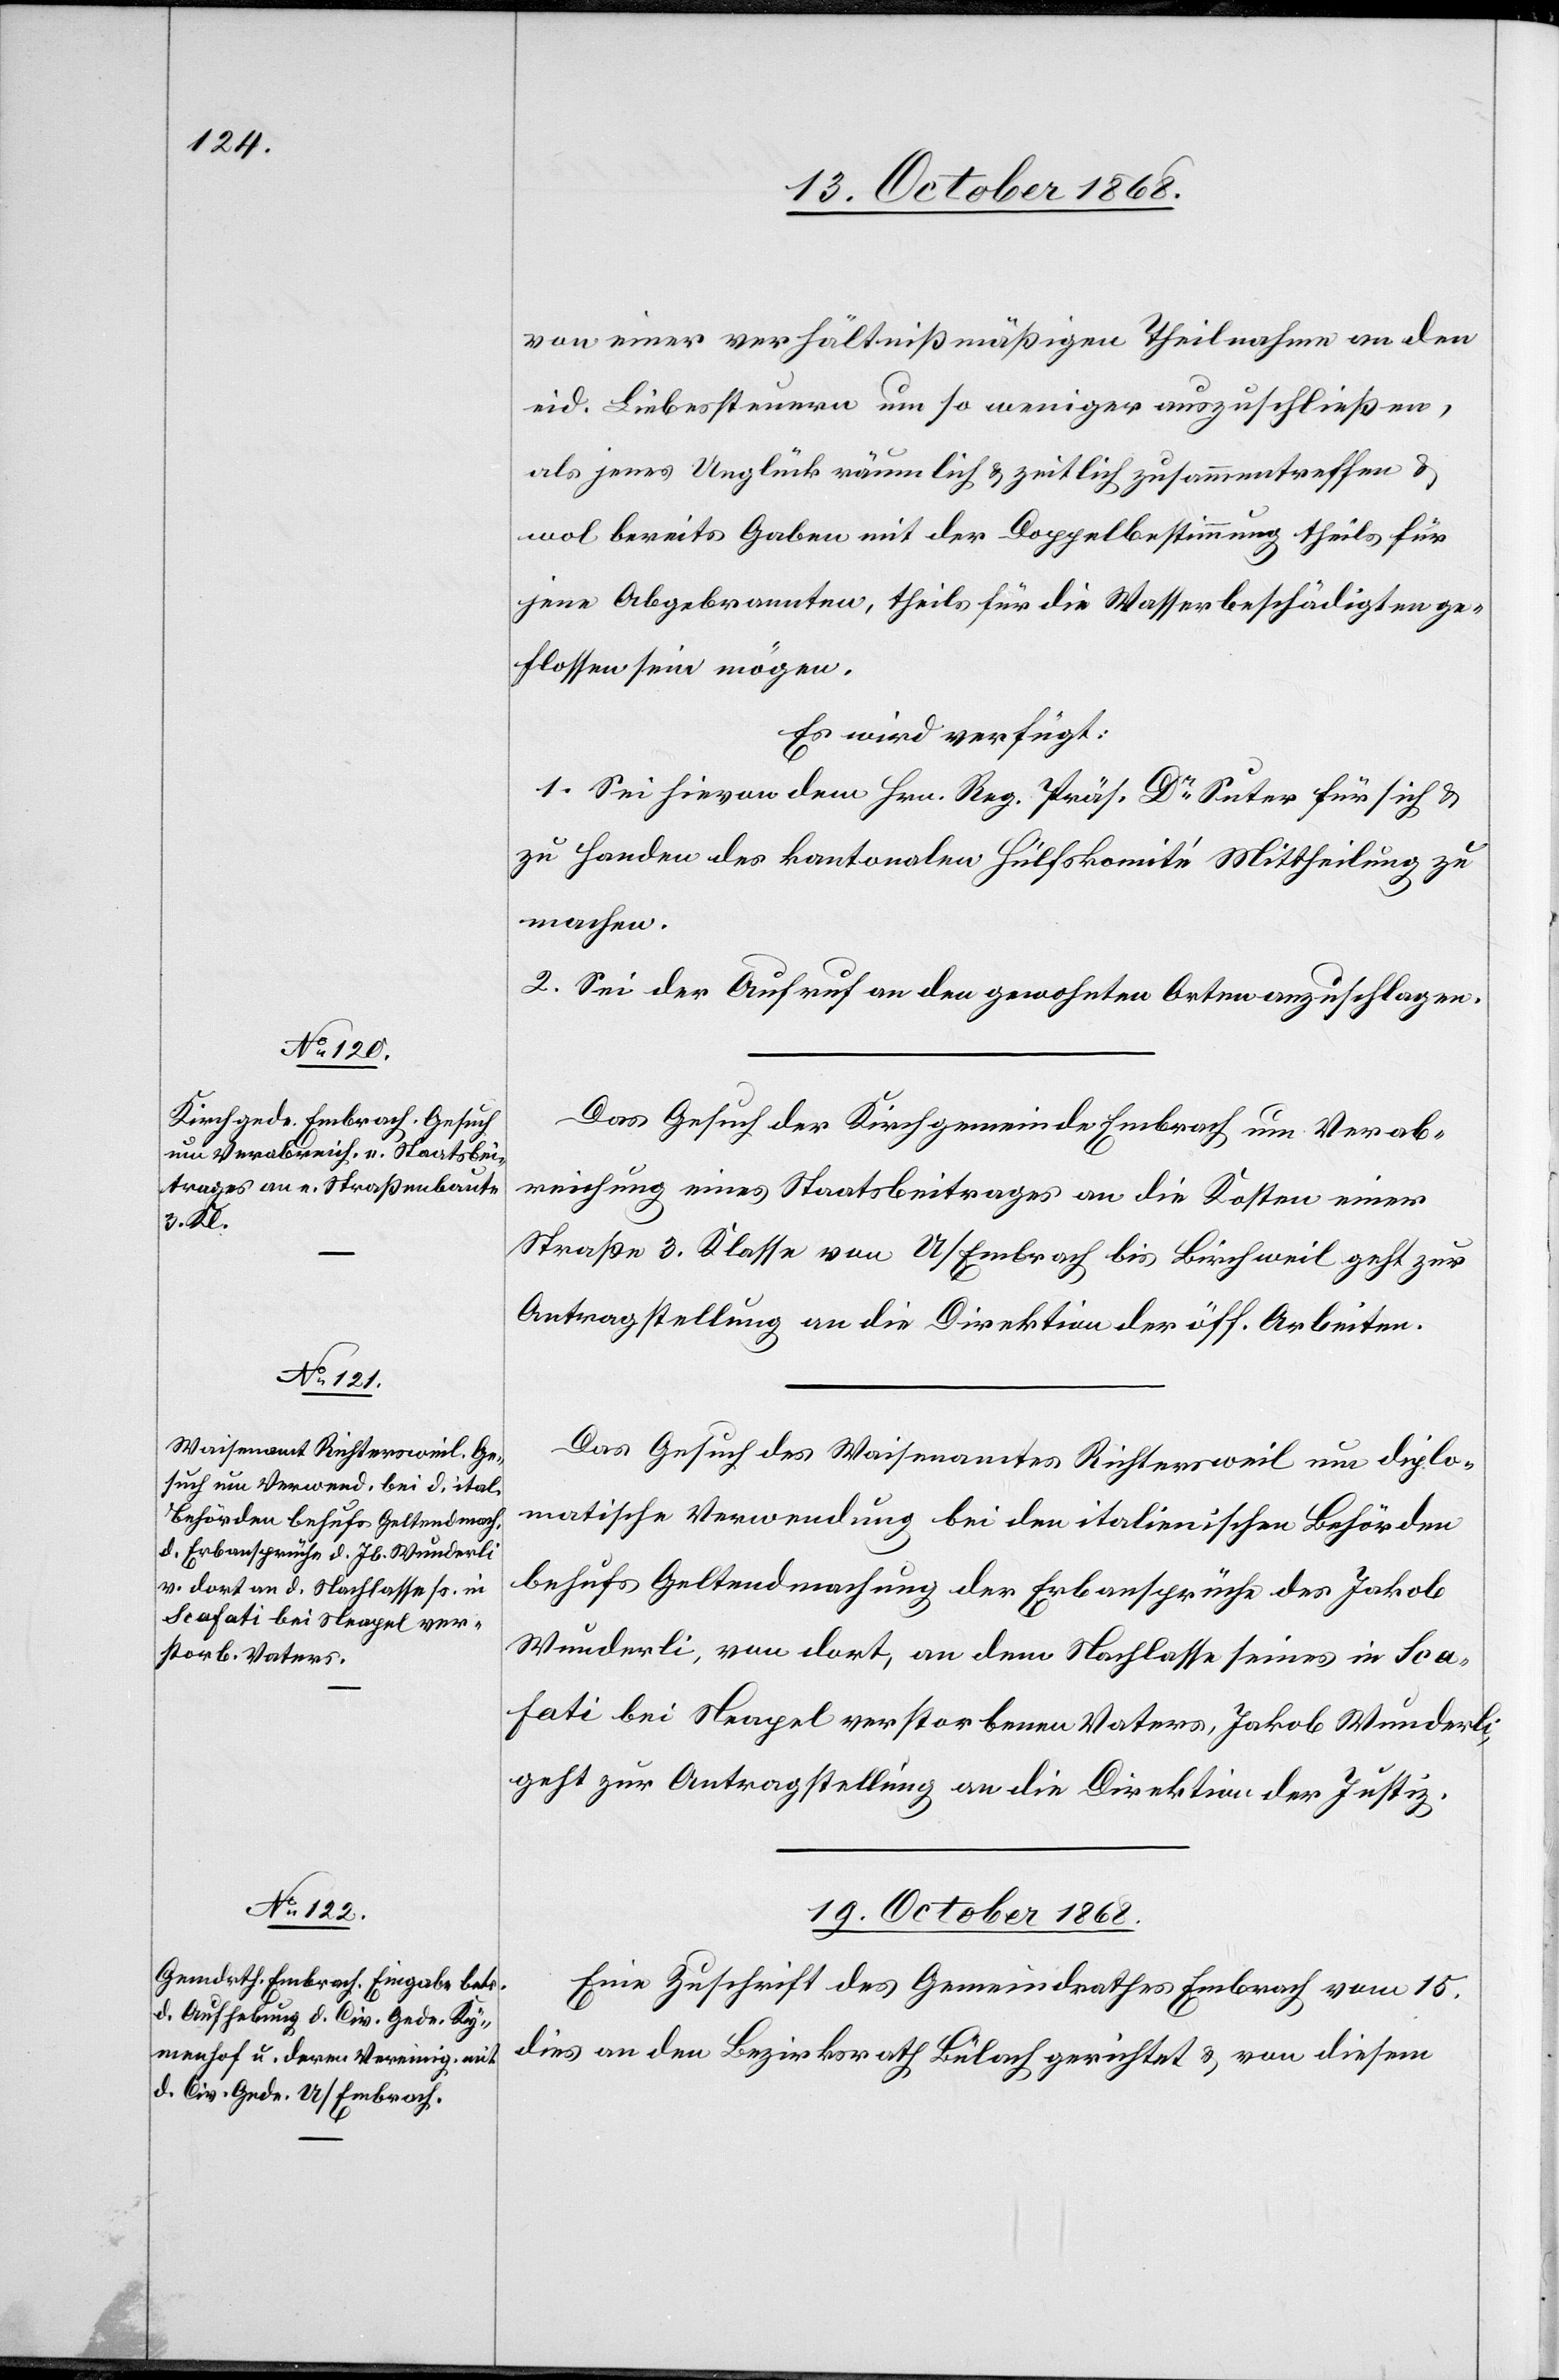
17. October 1868.]
von einer verhältnißmäßigen Theilnahme an den
eid. Liebessteuern um so weniger auszuschließen,
als jenes Unglück räumlich & zeitlich zusammentreffen
wol bereits Gaben mit der Doppelbestimmung theils für
jene Abgebrannten, theils für die Wasserbeschädigten ge¬
flossen sein mögen.
Es wird verfügt:
1. Sei hievon dem Hrn. Reg. Präs. Dr Suter für sich &
zu Handen ds kantonalen Hülfskomité Mittheilung zu
machen.
2. Sei der Aufruf an den gewohnten Orten anzuschlagen.
Das Gesuch der Kirchgemeinde Embrach um Verab¬
reichung eines Staatsbeitrages an die Kosten einer
Straße 3. Klasse von U/Embrach bis Birchweil geht zur
Antragstellung an die Direktion der öff. Arbeiten.
Das Gesuch des Waisenamtes Richtersweil um diplo¬
matische Verwendung bei den italienischen Behörden
behufs Geltendmachung der Erbansprüche des Jakob
Wunderli, von dort, an dem Nachlasse seines in Sca¬
fati bei Neapel verstorbenen Vaters, Jakob Wunderli,
geht zur Antragstellung an die Direktion der Justiz.
19. October 1868.
Eine Zuschrift des Gemeindrathes Embrach vom 15.
dies an den Bezirksrath Bülach gerichtet & von diesem